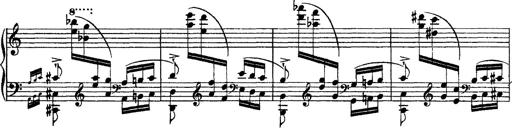
Title: Grandes Ã©tudes de Paganini
Composer: Franz Liszt